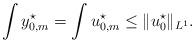
LaTeX: \begin{align*}\int y_{0,m}^\star=\int u_{0,m}^\star\leq \Vert u_0^\star\Vert_{L^1}. \end{align*}